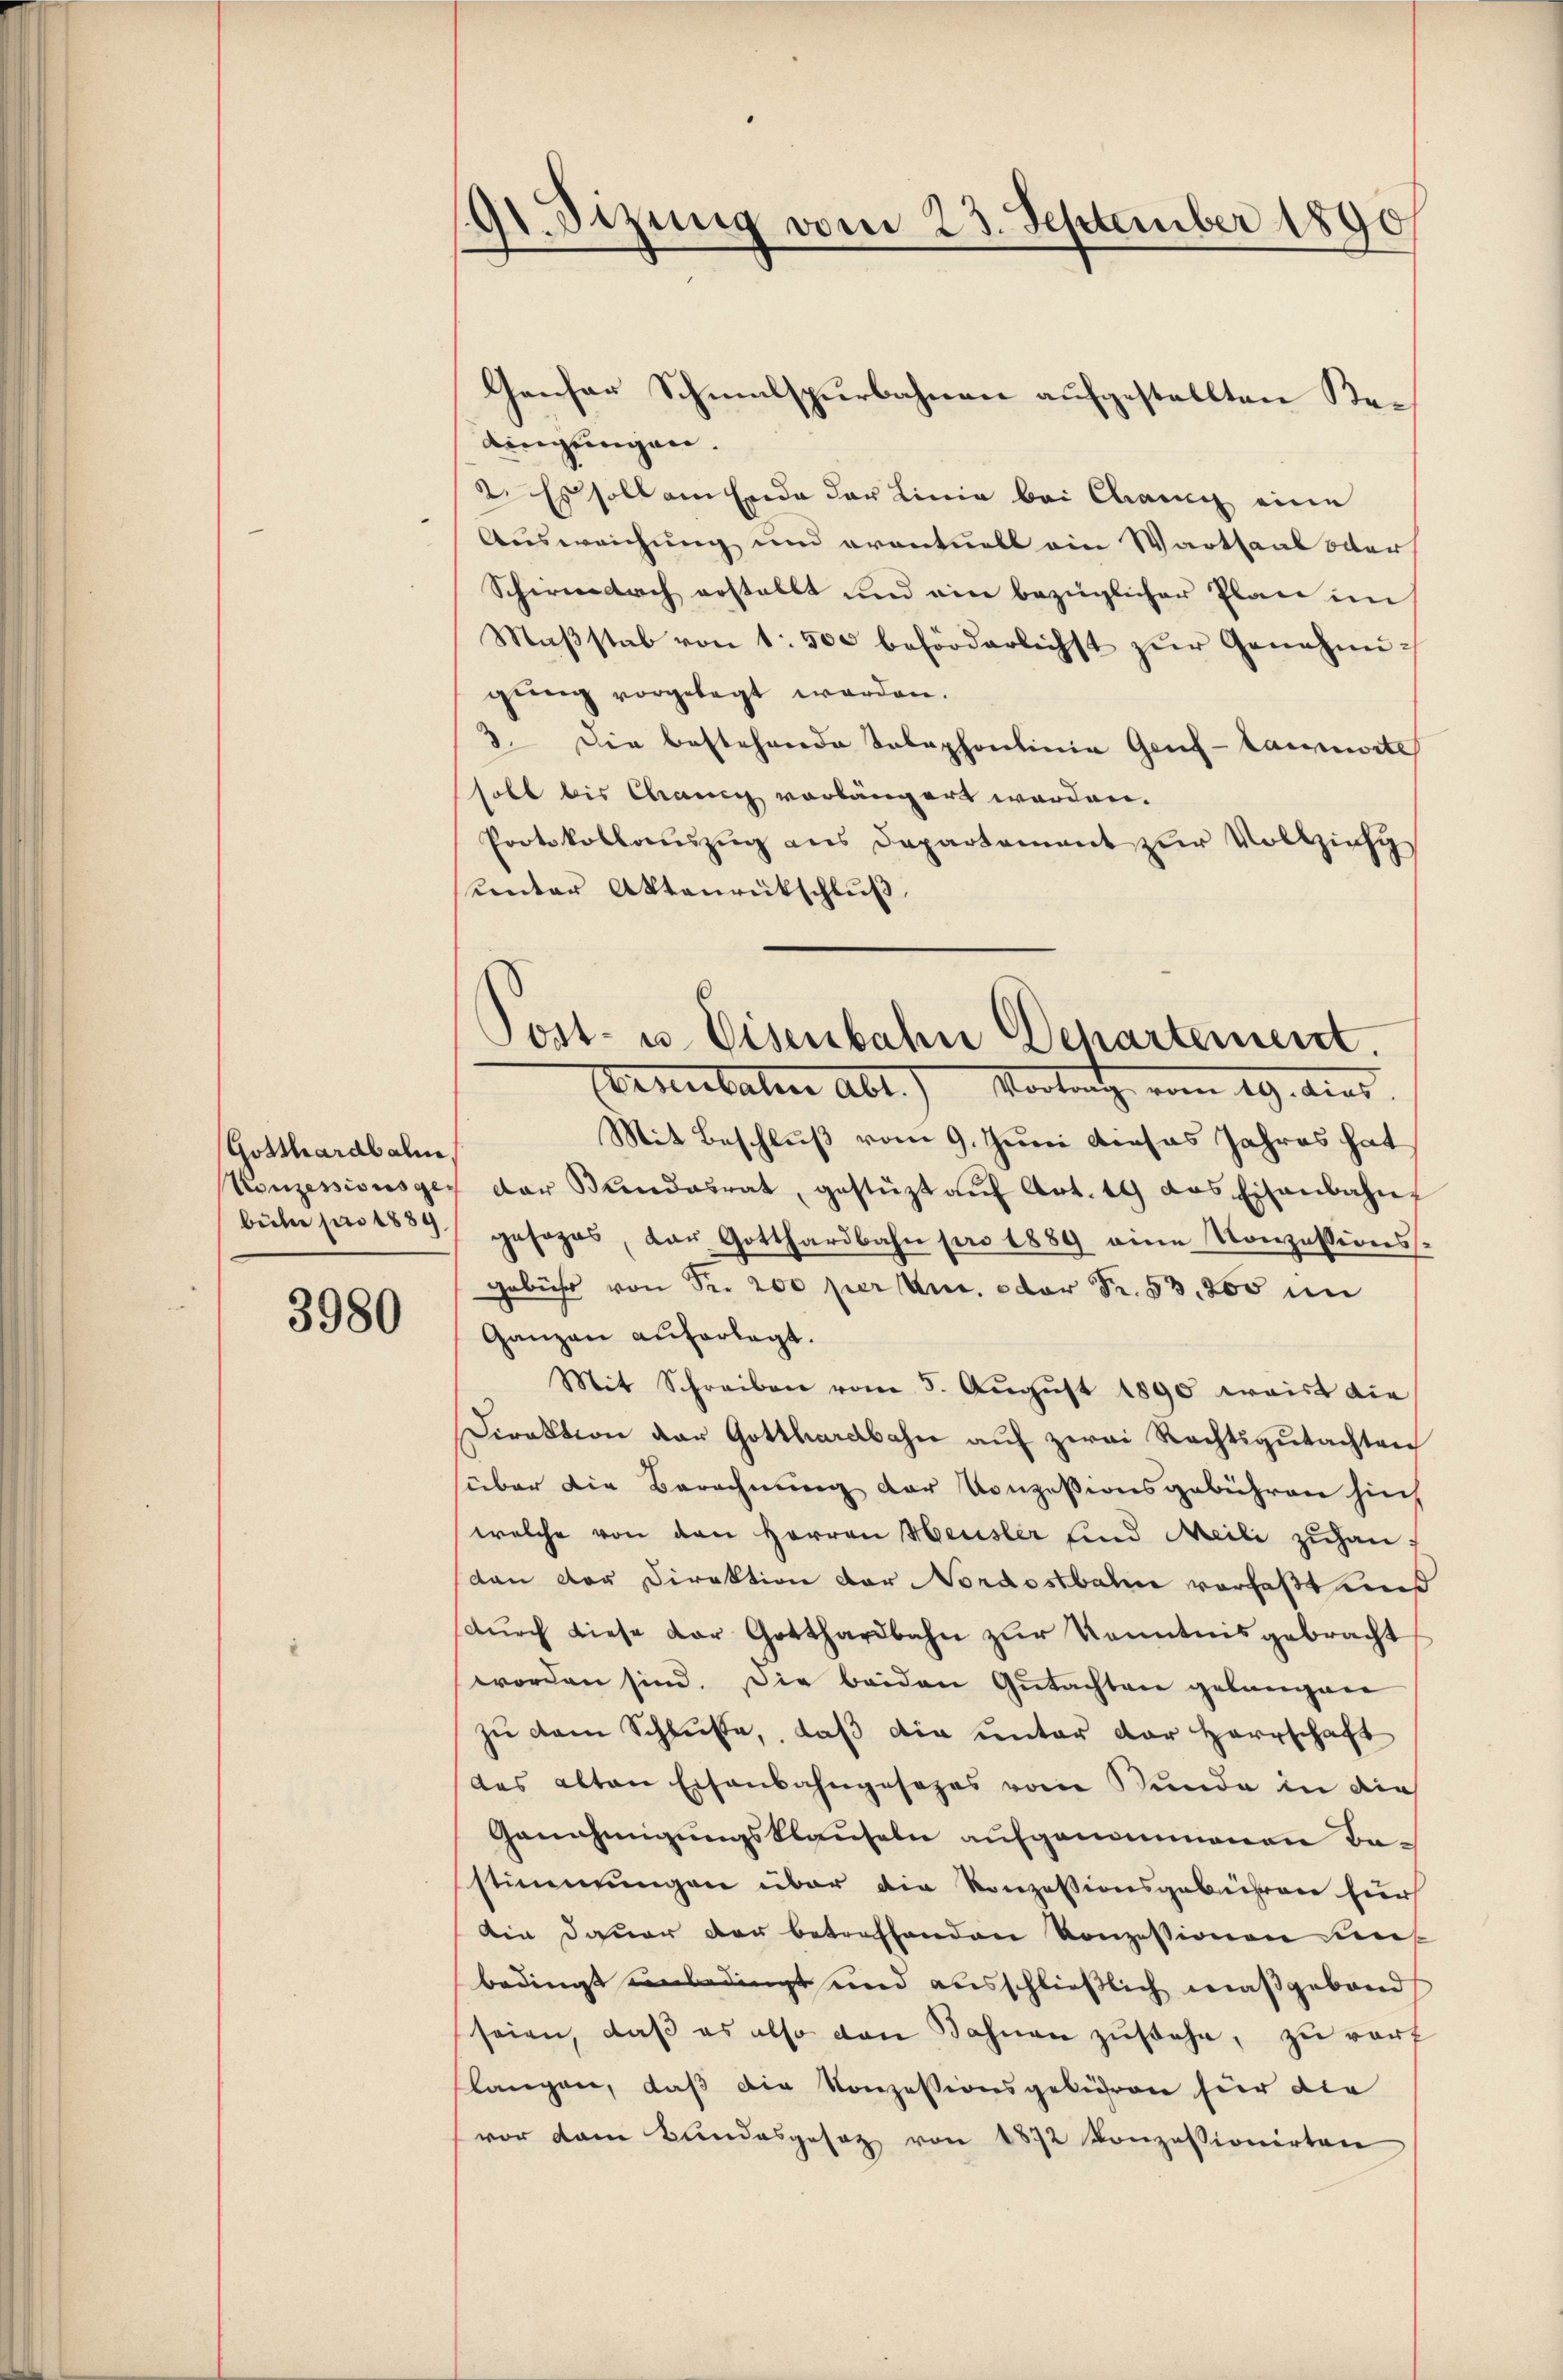
Gotthardbahn
Konzessions gebühe pro 1889.

3980

191. Sizung vom 23. September 1890

Genfer Schmalspurbahnen aufgestellten Be¬
Lingungen.
2. Es soll am Ende der Linie bei Chang eine
Ausweichung und eventuell ein Wartsaal oder
Schirnach erstellt und ein bezüglicher Plan im
Maβstab von 1: 500 beförderlichst zŭr Genehmigŭng vorgelegt werden.
3. Die bestehende Telephonlinie Genf-lannwite
solt bis Chance vorlängert werden.
Protokollauszug aus Departement zur Vollziehunter Aktenrückschluß
Mit Beschluß vom 9. Juni dieses Jahres hat
der Bundesrat, gestüzt aŭf Art. 19 das Eisenbahn-
gesages, der Gotthardbahn pro 1889 eine Konzessionsgebühr von der 200 per um. oder Fr. 53. 200 in
Ganzen auferlegt.
Mit Schreiben vom 5. Aŭgŭst 1890 waist die
Direktion der Gotthardbahn auf zwei Rechtsgutachten
über die Berechnung der Konzessionsgebühren hin,
welche von den Herren Heusler sind Meili zŭhanvan der Direktion der Nordostbahn verfaßt und
dŭrch diese der Gotthardbahn zur Kenntnisgebracht
worden sind. Die beiden Gutachten gelangen
zu dem Schluße, daß die unter der Herrschaft
das alten Eisenbahngesezes vom Stunde in die
Genehmigungsklauseln aufgenommenen Bastimmungen über die Konzessionsgebühren für
Ain Dauer der betreffenden Konzessionen den
bedingt unbedingt und ausschließlich maßgeband
seien, daβ es also von Bahnen zŭstehe, zu verf
slangen, daß die Konzessionsgebühren für die
vor dem Bundesgesez von 1872 Konzessionirten

Post- u. Eisenbahn Departement.
Ermitaten Abt.) Vortrath vom 19. Ains